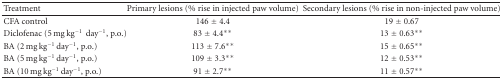
<table><thead><tr><td><b>Treatment</b></td><td><b>Primary lesions (% rise in injected paw volume)</b></td><td><b>Secondary lesions (% rise in non-injected paw volume)</b></td></tr></thead><tbody><tr><td>CFA control</td><td>146 ± 4.4</td><td>19 ± 0.67</td></tr><tr><td>Diclofenac (5 mg kg<sup>−1</sup>day<sup>−1</sup>, p.o.)</td><td>83 ± 4.4**</td><td>13 ± 0.63**</td></tr><tr><td>BA (2 mg kg<sup>−1</sup> day<sup>−1</sup>, p.o.)</td><td>113 ± 7.6**</td><td>15 ± 0.65**</td></tr><tr><td>BA (5 mg kg<sup>−1</sup> day<sup>−1</sup>, p.o.)</td><td>109 ± 3.3**</td><td>12 ± 0.53**</td></tr><tr><td>BA (10 mg kg<sup>−1</sup> day<sup>−1</sup>, p.o.)</td><td>91 ± 2.7**</td><td>11 ± 0.57**</td></tr></tbody></table>